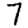
Digit: 7